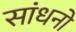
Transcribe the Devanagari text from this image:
सांधनो